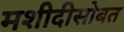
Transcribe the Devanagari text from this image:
मशीदीसोबत